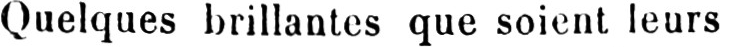
Quelques brillantes que soient leurs